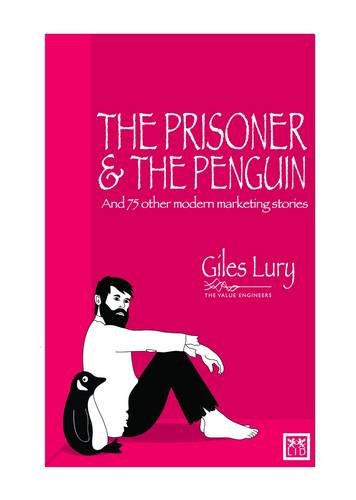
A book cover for The Prisoner and the Penguin: And 75 Other Marketing Stories; Giles Lury; Business & Money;